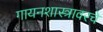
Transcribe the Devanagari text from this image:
गायनशास्त्रावरचे